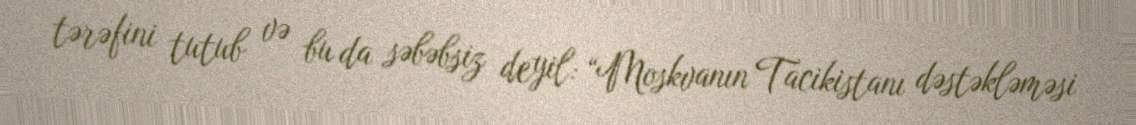
tərəfini tutub və bu da səbəbsiz deyil: “Moskvanın Tacikistanı dəstəkləməsi